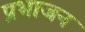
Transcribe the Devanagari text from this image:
प्रभाजन